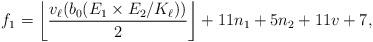
LaTeX: \begin{align*} f_1=\left\lfloor \frac{v_\ell(b_0(E_1 \times E_2/K_\ell))}{2} \right\rfloor+ 11n_1+5n_2+11v+7,\end{align*}